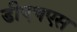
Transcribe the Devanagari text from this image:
डीएचएस